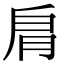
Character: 𦙪